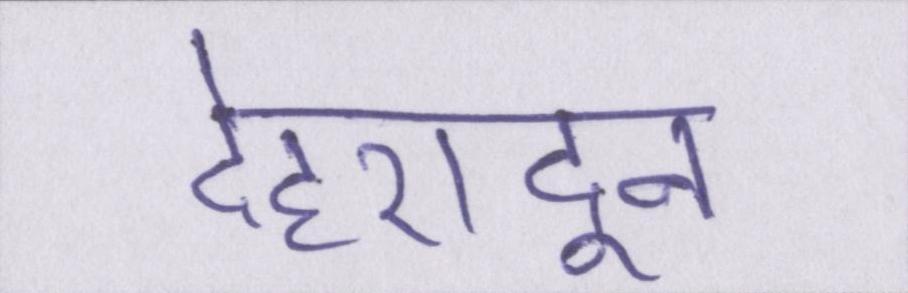
देहरादून